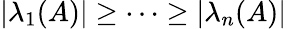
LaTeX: \left|\lambda_{1}(A)\right|\geq\cdots\geq\left|\lambda_{n}(A)\right|